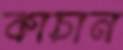
কাচান